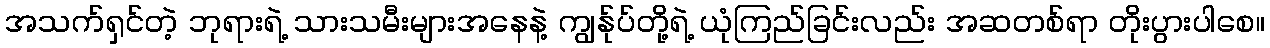
အသက်ရှင်တဲ့ ဘုရားရဲ့ သားသမီးများအနေနဲ့ ကျွန်ုပ်တို့ရဲ့ ယုံကြည်ခြင်းလည်း အဆတစ်ရာ တိုးပွားပါစေ။